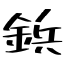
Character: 鋲